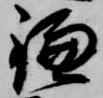
鎌